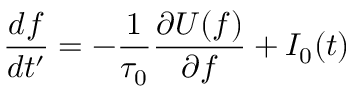
\displaystyle \frac { d f } { d t ^ { \prime } } = - \frac { 1 } { \tau _ { 0 } } \frac { \partial U ( f ) } { \partial f } + I _ { 0 } ( t )